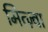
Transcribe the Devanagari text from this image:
मित्ज़्वा